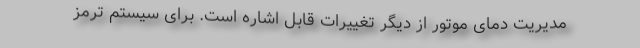
مدیریت دمای موتور از دیگر تغییرات قابل اشاره است. برای سیستم ترمز